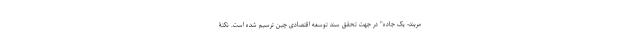
مربند- یک جاده" در جهت تحقق سند توسعه اقتصادی چین ترسیم شده است. نکتۀ